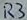
Text: R3